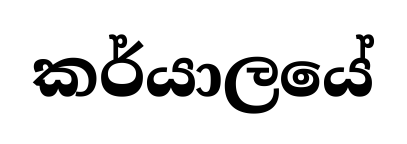
කර්යාලයේ